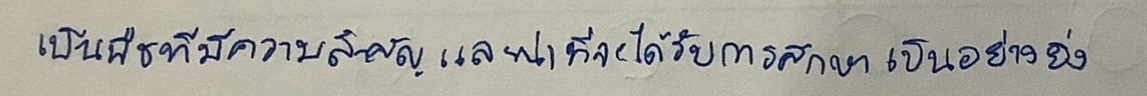
เป็นพืชที่มีความสำคัญและน่าที่จะได้รับการศึกษาเป็นอย่างยิ่ง